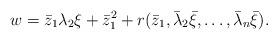
LaTeX: \begin{align*}w = \bar{z}_1 \lambda_2 \xi + \bar{z}_1^2 + r(\bar{z}_1,\bar{\lambda}_2 \bar{\xi},\dots,\bar{\lambda}_n \bar{\xi}) .\end{align*}